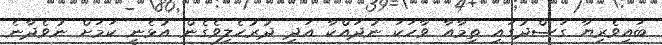
ބައިވެރިޔާ ގަސްދުގައި ތިމާއާ ވާހަކަ ނުދައްކާ އަދި ދުރުހެލިވެގެން އުޅެނީ ކަމަށް ނުވެދާނެ